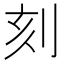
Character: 刻